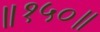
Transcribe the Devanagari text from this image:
॥१५०॥